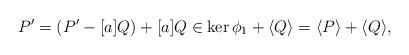
LaTeX: \begin{align*}P' = (P'-[a]Q) + [a]Q \in \ker\phi_1 + \langle Q \rangle=\langle P \rangle+\langle Q \rangle,\end{align*}